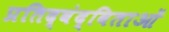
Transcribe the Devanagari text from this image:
प्रतिद्वंद्विताओं